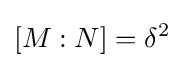
[M:N]=\delta ^{2}